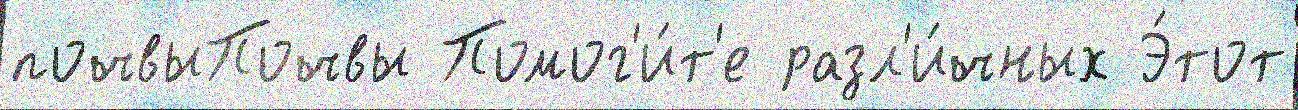
почвыПочвы Помог'и́т'е разл'и́чных Э́тот